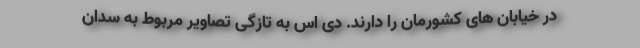
در خیابان های کشورمان را دارند. دی اس به تازگی تصاویر مربوط به سدان